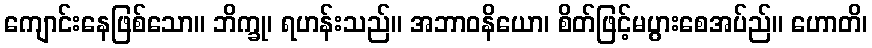
ကျောင်းနေဖြစ်သော။ ဘိက္ခု၊ ရဟန်းသည်။ အဘာဝနိယော၊ စိတ်ဖြင့်မပွားစေအပ်ည်။ ဟောတိ၊